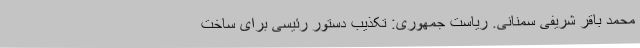
محمد باقر شریفی سمنانی. ریاست جمهوری: تکذیب دستور رئیسی برای ساخت